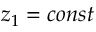
z _ { 1 } = c o n s t